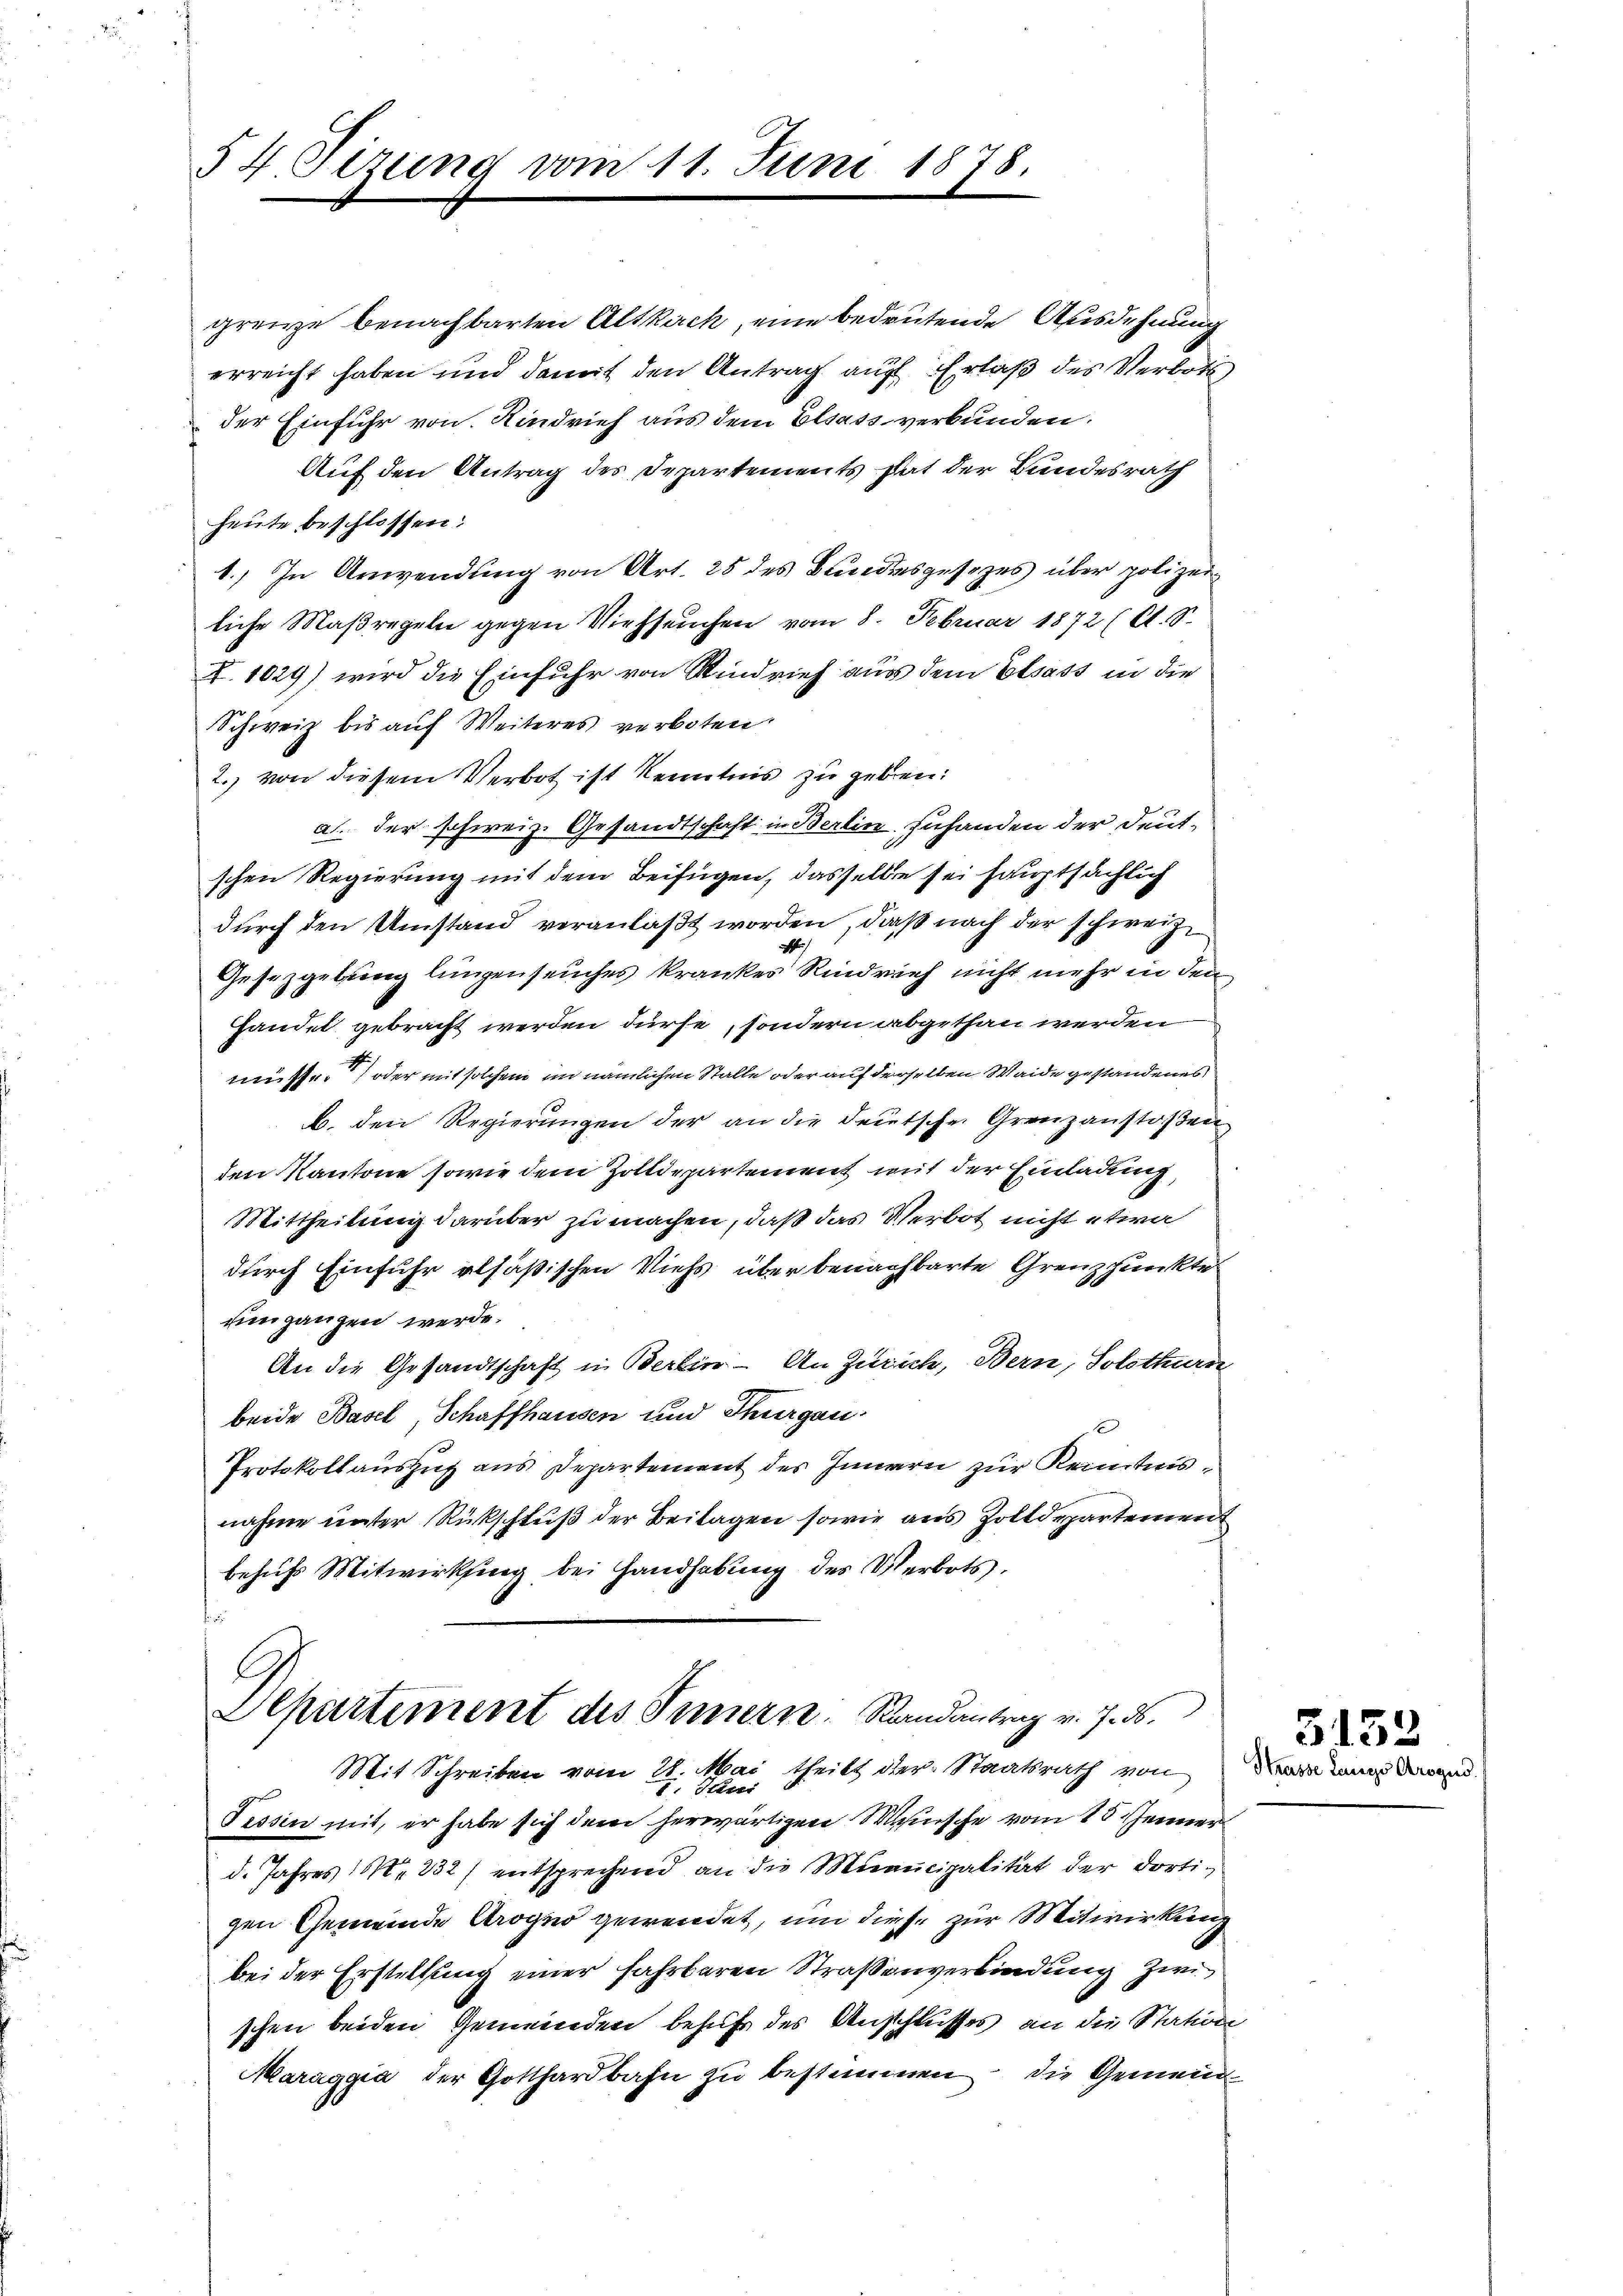
54 Sizung vom 11. Juni 1878.

grenze benachbarten Altkirch, eine bedeutende Ausdehnung
erreicht haben und damit den Antrag auf Erlaß des Verbots
der Einfuhr von Rindvieh aus dem Elsass verbunden.
Auf den Antrag des Departements hat der Bundesrath
heute beschlossen:
1.) In Anwendung von Art. 25 des Bundesgesezes über polizeiliche Maßregeln gegen Viehseuchen vom 8. Februar 1872 (lt. S.
I. 1029) wird die Einfuhr von Rindrief aus dem Elsass in die
Schweiz bis auf Weiteres verboten.
2. von diesem Verbot ist Kenntnis zu geben:
a. der schweiz. Gesandtschaft in Berlin Zuhanden der Deutschen Regierung mit dem Beifügen, dasselbe sei hauptsächlich
durch den Umstand veranlaßt worden, daß nach der schweiz¬
1
Gesetzgebung lingenseuches krankes Rindvieh nicht mehr in den
Handel gebracht werden dürfe, sondern abgethan werden
müsse) oder mit solchem im nämlichen Stalle oder auf derselben Waide gestandenes
b. den Regierungen der an die Deutsche Grenzanstoßen
den Kantone sowie dem Zolldepartement mit der Einladung,
Mittheilung darüber zu machen, daß das Verbot nicht etwa
durch Einfuhr alsäßischen Viehs über benachbarte Grenzpunkte
um ganzen werde.
An die Gesandtschaft in Berlin - An Zürich, Bern, Solothurn
beide Basel, Schaffhausen und Thurgau.
Protokoll auszug aus Departement des Innern zur Kenntnisnahme unter Rückschluß der Beitagen sowie aus Zolldepartement
behufs Mitwirksing bei Handhabung des Verbots.
i

Departement des Innern. Randantrag v. 7. ds.
Mit Schreiben vom 28. Mai theils der Staatsrath von Bartung darun

I. Seni
Tessin mit, er habe sich dem herwärtigen Wunsche vom 15. Jenner
d. Jahres 1 232 / entsprechend an die Municipalität der dortigen Gemeinde Arogno gewendet, um diese zur Mitwirkung
bei der Erstellung einer fahrbaren Straßenverbindung zwi
schen beiden Gemeinden behufe des Anschlusses an die Station
Maraggia der Gotthardbahn zu bestimmen, die Gemein

3152